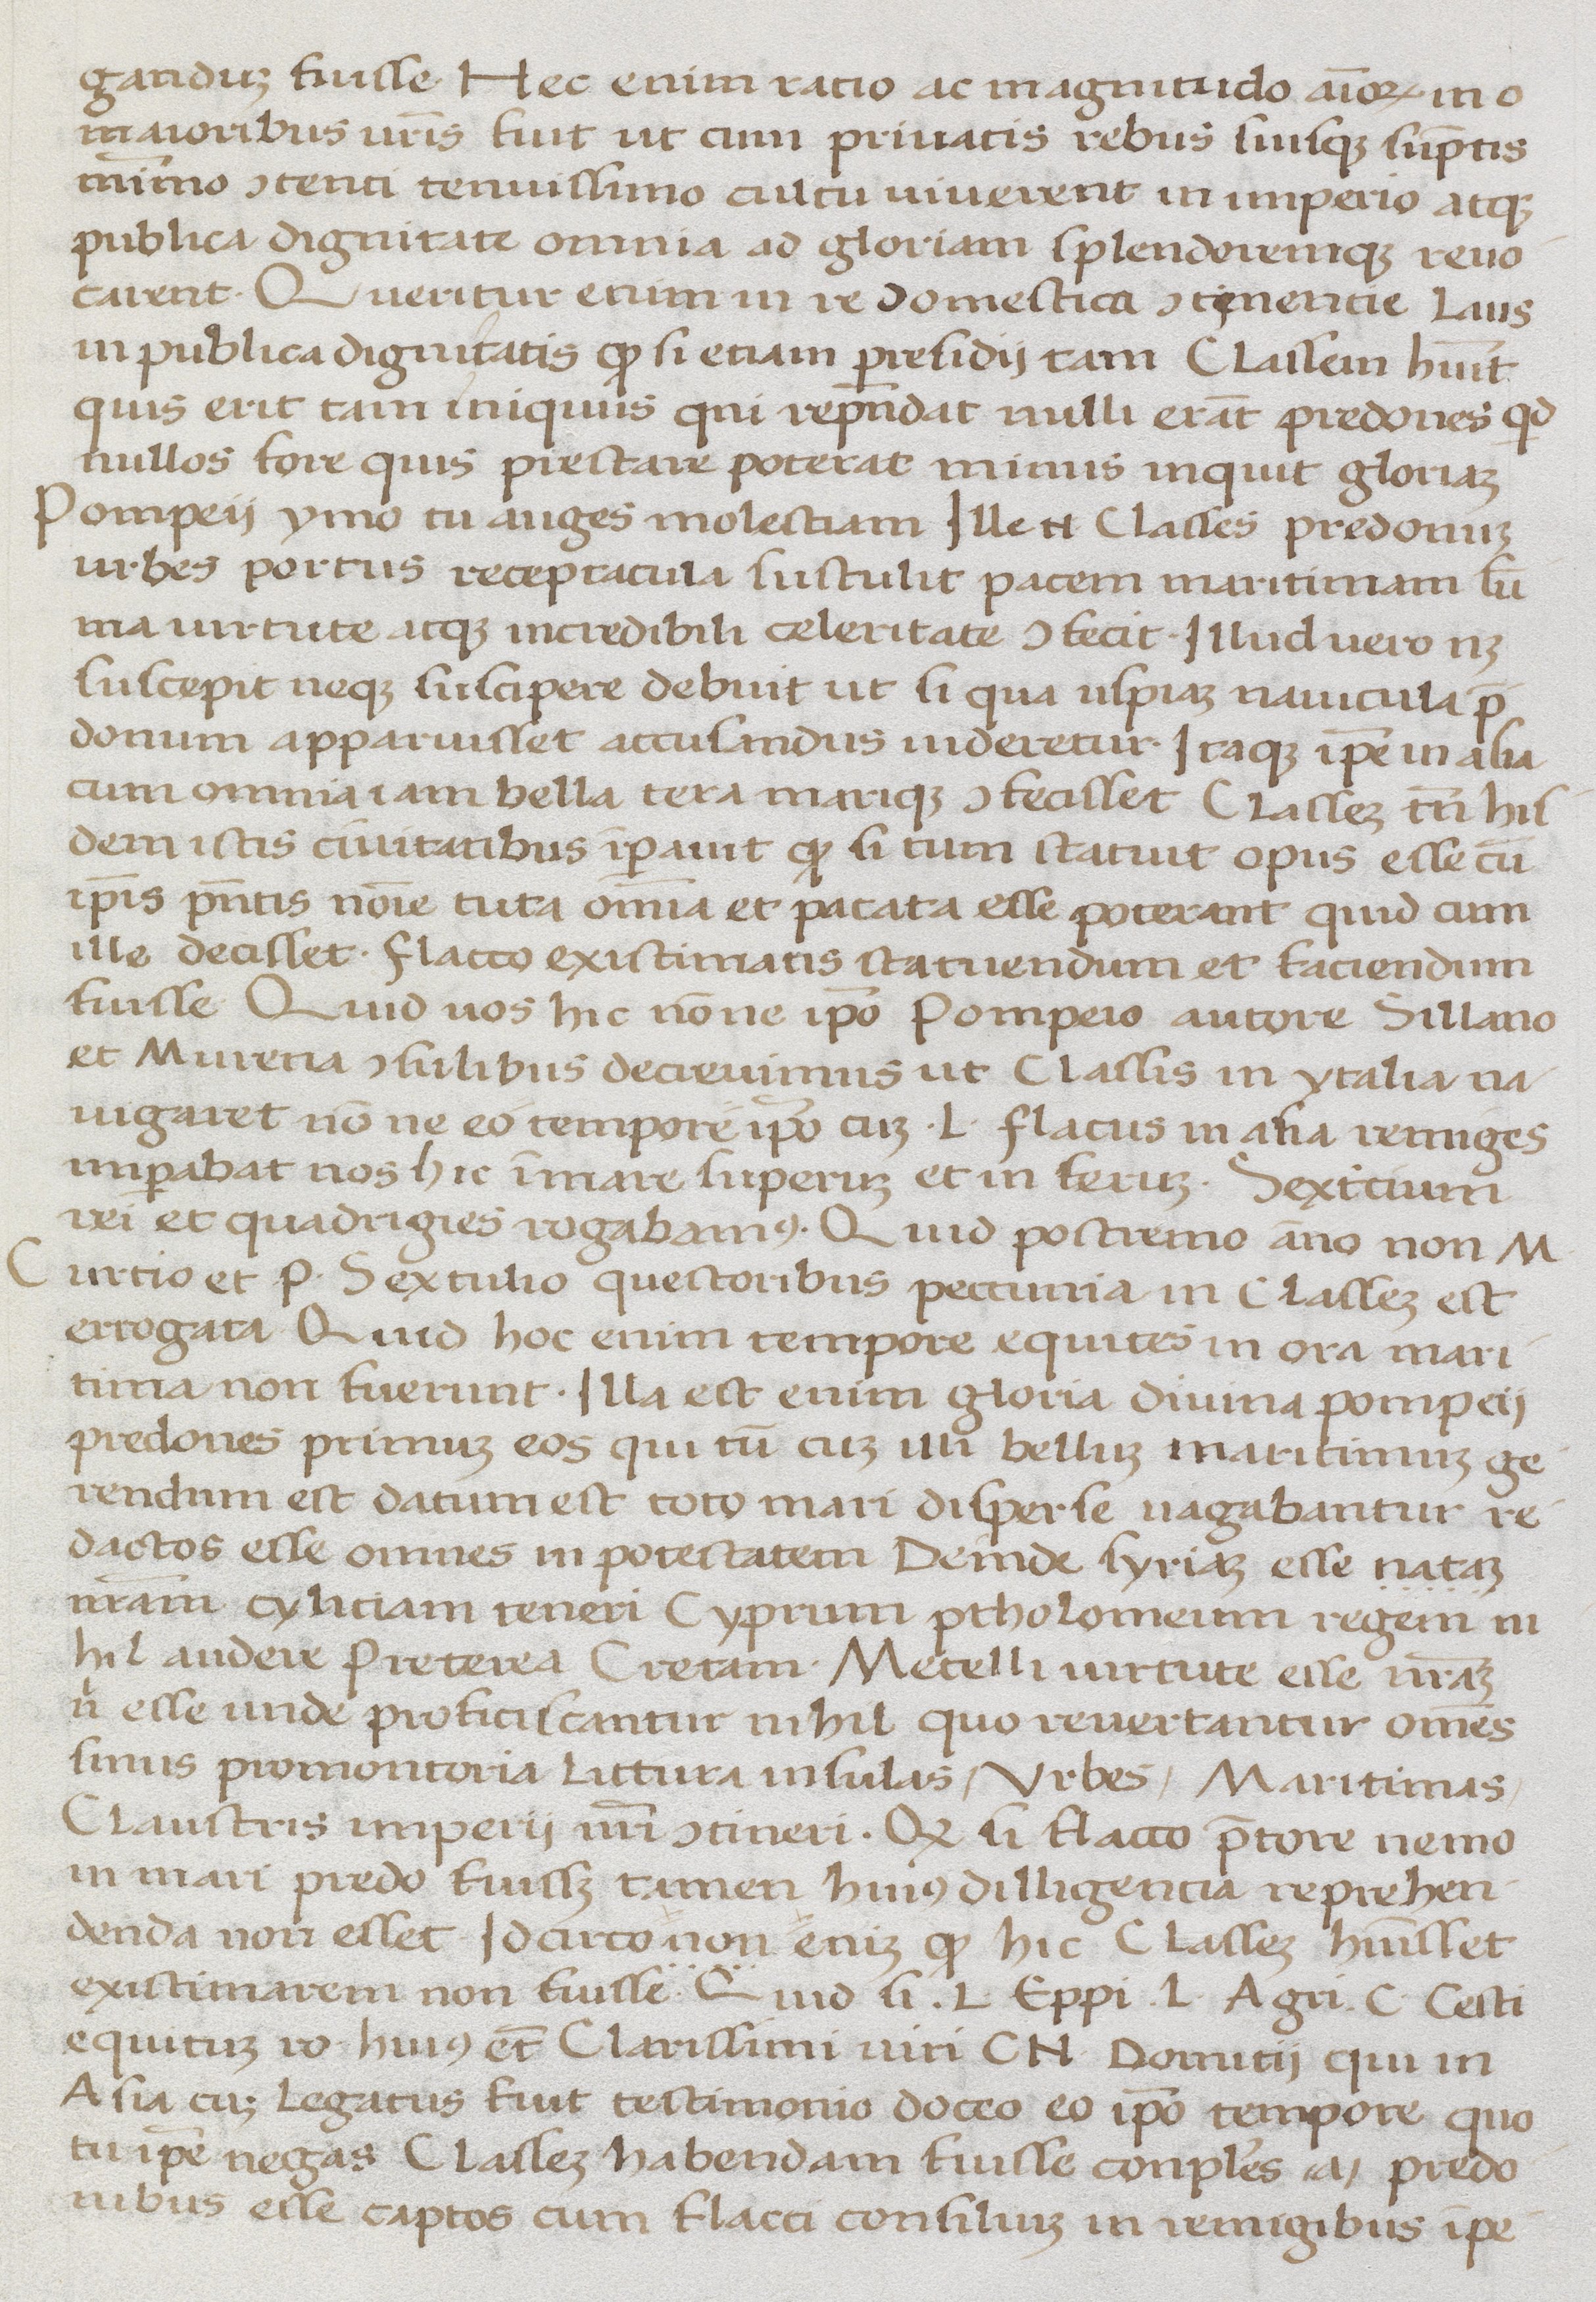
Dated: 1400–1499